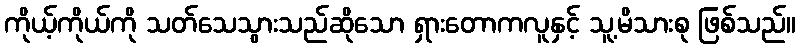
ကိုယ့်ကိုယ်ကို သတ်သေသွားသည်ဆိုသော ရှားတောကလူနှင့် သူ့မိသားစု ဖြစ်သည်။